65_HS1-834228961_62-HQ-83894_Section_8
Agency: FBI
Page 191
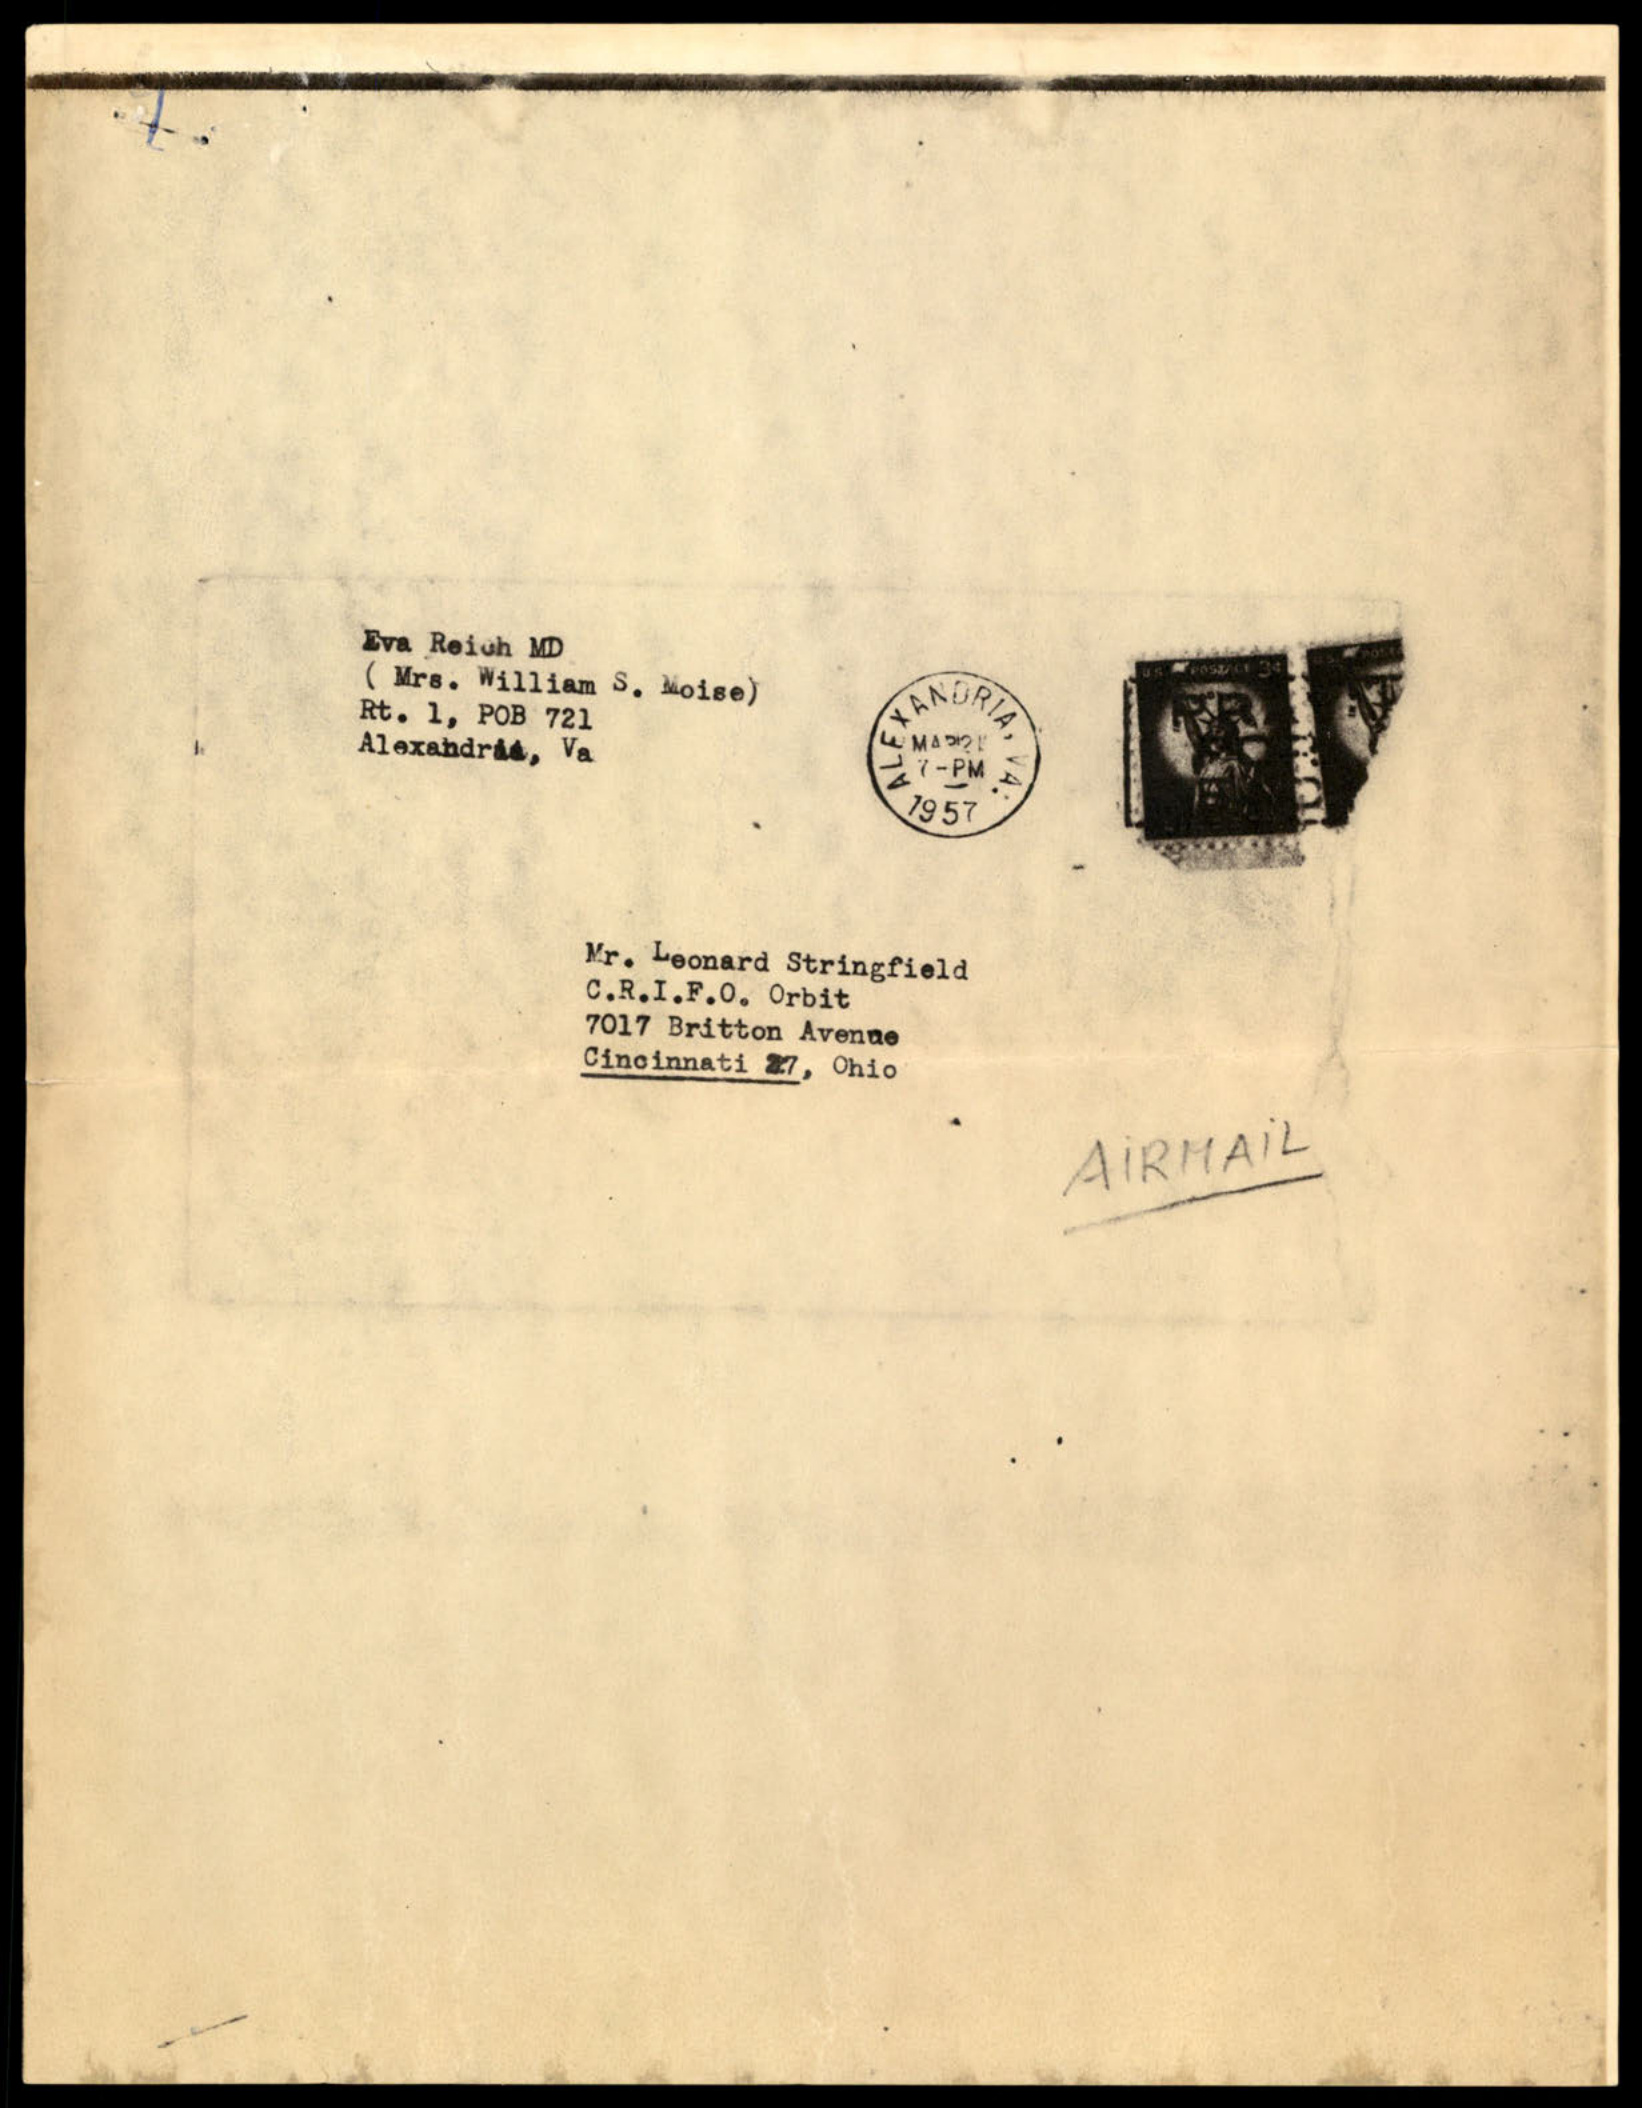